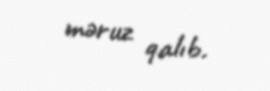
məruz qalıb.